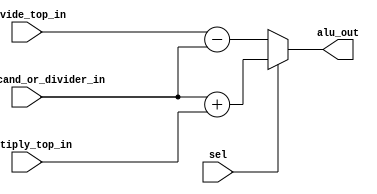
module alu(alu_out, multiply_top_in, divide_top_in, multiplicand_or_divider_in, sel); //sel = 1 means multiply, 0 means divide
    input [64:0] multiply_top_in;
    input [64:0] divide_top_in;
    input [64:0] multiplicand_or_divider_in;
    input sel;

    output [64:0] alu_out;

    wire [64:0] sum;
    wire [64:0] diff;

    assign sum = multiplicand_or_divider_in + multiply_top_in;
    assign diff = divide_top_in - multiplicand_or_divider_in;
    
    assign alu_out = sel?sum:diff;
endmodule